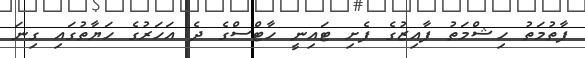
ފާތުމަތު ހިޝްމަތު ފާއިޒުގެ ފެށި ޓައިނީ ހާޓްސްގެ ދެ އަހަރުގެ ހަޔާތުގައި ގިނަ